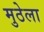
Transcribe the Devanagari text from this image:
मुठेला